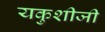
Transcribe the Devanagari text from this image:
यकुशीजी